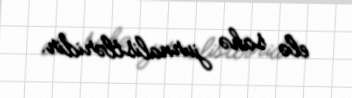
elə sahə jurnalistləridir.